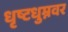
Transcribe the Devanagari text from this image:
धृष्टधुम्नवर